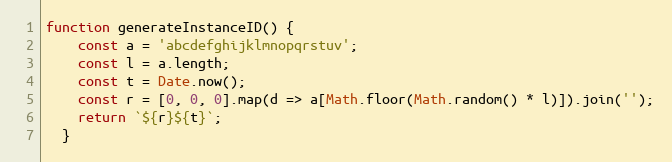
Language: JavaScript
function generateInstanceID() {
    const a = 'abcdefghijklmnopqrstuv';
    const l = a.length;
    const t = Date.now();
    const r = [0, 0, 0].map(d => a[Math.floor(Math.random() * l)]).join('');
    return `${r}${t}`;
  }